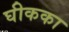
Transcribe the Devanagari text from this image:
घीकका